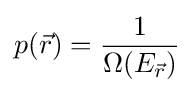
p({\vec {r}})={\frac {1}{\Omega (E_{\vec {r}})}}